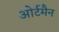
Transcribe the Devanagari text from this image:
ओर्टमैन